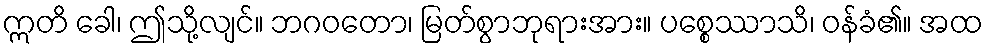
ဣတိ ခေါ၊ ဤသို့လျင်။ ဘဂဝတော၊ မြတ်စွာဘုရားအား။ ပစ္စေဿာသိ၊ ဝန်ခံ၏။ အထ